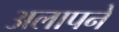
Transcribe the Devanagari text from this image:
अलापने